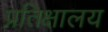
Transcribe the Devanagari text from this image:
प्रतिक्षालय